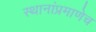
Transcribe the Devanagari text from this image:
स्थानांप्रमाणेच